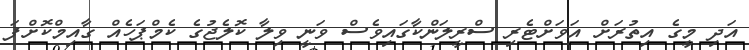
އަދި މީގެ އިތުރަށް އަވަށްޓެރި ސްރީލަންކާގައިވެސް ވަނީ ވިލާ ކޮލެޖުގެ ކެމްޕަހެއް ގާއިމްކޮށްފަ